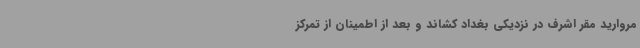
مروارید مقر اشرف در نزدیکی بغداد کشاند و بعد از اطمینان از تمرکز